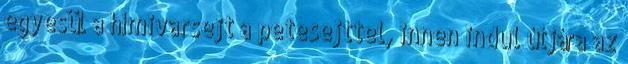
egyesül a hímivarsejt a petesejttel, innen indul útjára az